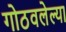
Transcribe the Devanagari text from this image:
गोठवलेल्या